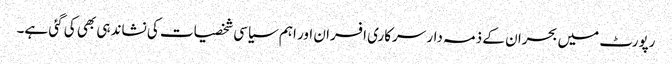
رپورٹ میں بحران کے ذمہ دار سرکاری افسران اور اہم سیاسی شخصیات کی نشاندہی بھی کی گئی ہے۔